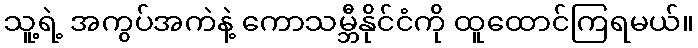
သူ့ရဲ့ အကွပ်အကဲနဲ့ ကောသမ္ဘီနိုင်ငံကို ထူထောင်ကြရမယ်။